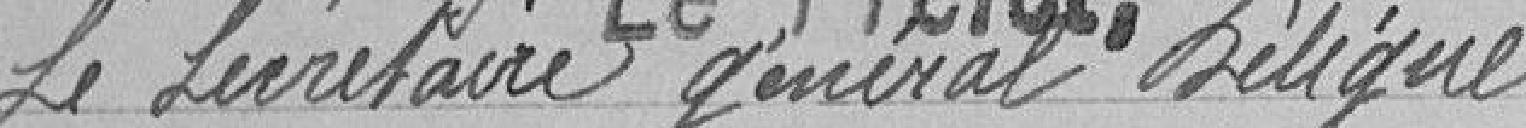
Le secrétaire général délégué